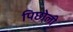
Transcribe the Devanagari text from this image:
पिछोली